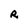
Character: R